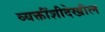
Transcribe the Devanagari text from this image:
व्यक्तींशीदेखील